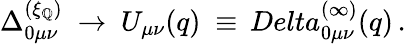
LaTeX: \Delta_{0\mu\nu}^{(\xi_{\mathbb{Q}})}\ \to\ U_{\mu\nu}(q)\ \equiv\, Delta_{0\mu\nu}^{(\infty)}(q)\, .